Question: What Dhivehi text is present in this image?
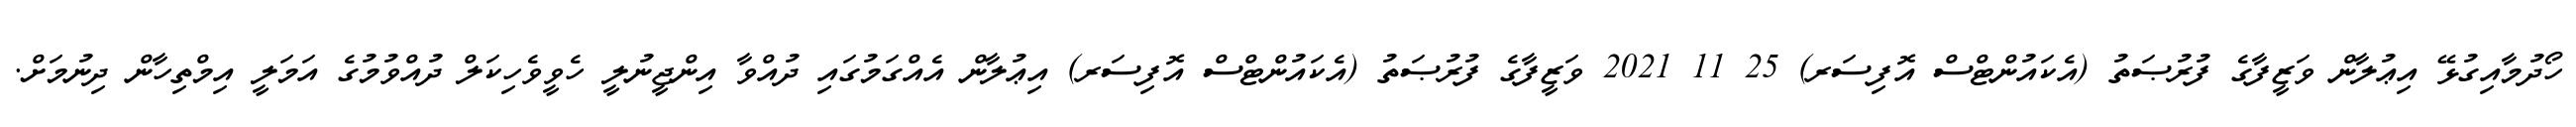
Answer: ހޯދުމާއިގުޅޭ އިޢުލާން ވަޒީފާގެ ފުރުޞަތު (އެކައުންޓްސް އޮފިސަރ) 25 11 2021 ވަޒީފާގެ ފުރުޞަތު (އެކައުންޓްސް އޮފިސަރ) އިޢުލާން އެއްގަމުގައި ދުއްވާ އިންޖީނުލީ ހެވީވެހިކަލް ދުއްވުމުގެ އަމަލީ އިމްތިހާން ދިނުމަށް.